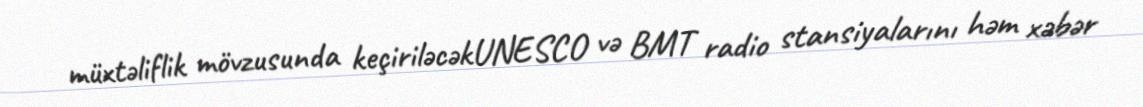
müxtəliflik mövzusunda keçiriləcəkUNESCO və BMT radio stansiyalarını həm xəbər